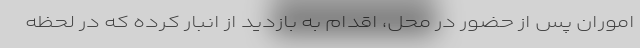
اموران پس از حضور در محل، اقدام به بازدید از انبار کرده که در لحظه